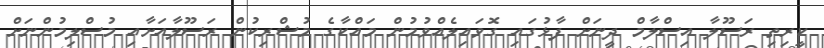
ކީރިތި ރަސޫލާ އިސްލާމް ދީނަށް ފާޅުގައި ގޮވައިލެއްވުމުން މައްކާގެ މުޝްރިކުން ރަސޫލާއަށާއި މުސްލިމުންނަށް